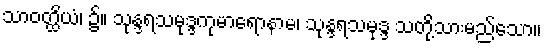
သာဝတ္ထိယံ၊ ၌။ သုန္ဒရသမုဒ္ဒကုမာရောနာမ၊ သုန္ဒရသမုဒ္ဒ သတို့သားမည်သော။